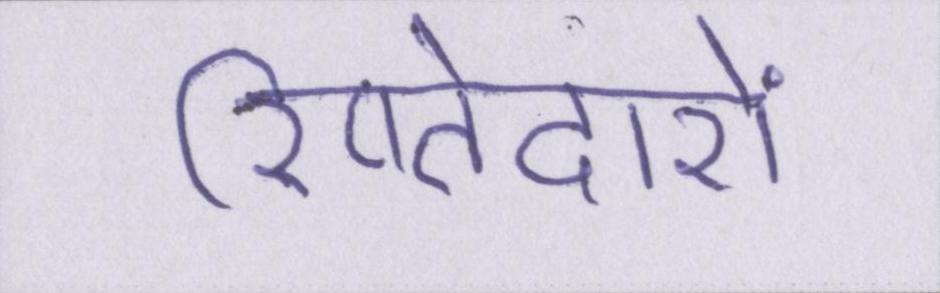
रिष्तेदारों